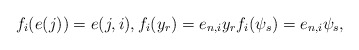
\begin{align*}f_i(e(j))=e(j,i),f_i(y_r)=e_{n,i}y_r f_i(\psi_s)=e_{n,i}\psi_s,\end{align*}